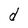
Character: d